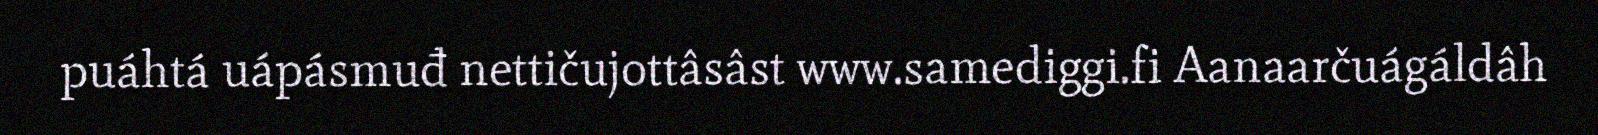
puáhtá uápásmuđ nettičujottâsâst www.samediggi.fi Aanaarčuágáldâh